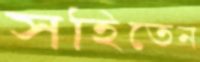
সহিতেন